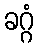
ခဂ္ဂံ